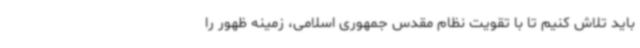
باید تلاش کنیم تا با تقویت نظام مقدس جمهوری اسلامی، زمینه ظهور را